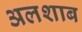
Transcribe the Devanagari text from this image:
अलशाब